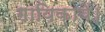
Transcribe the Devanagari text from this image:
गायिकायें।